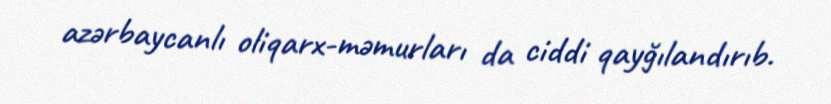
azərbaycanlı oliqarx-məmurları da ciddi qayğılandırıb.